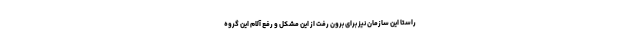
راستا این سازمان نیز برای برون رفت از این مشکل و رفع آلام این گروه